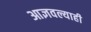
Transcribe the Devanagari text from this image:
आज्ञवल्याही